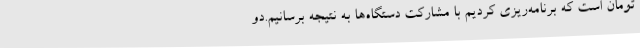
تومان است که برنامه‌ریزی کردیم با مشارکت دستگاه‌ها به نتیجه برسانیم.دو